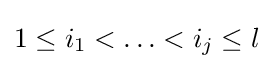
1\leq i_{1}<\ldots <i_{j}\leq l